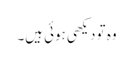
وہ تو دیکھی ہوئی ہیں۔